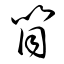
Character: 筒